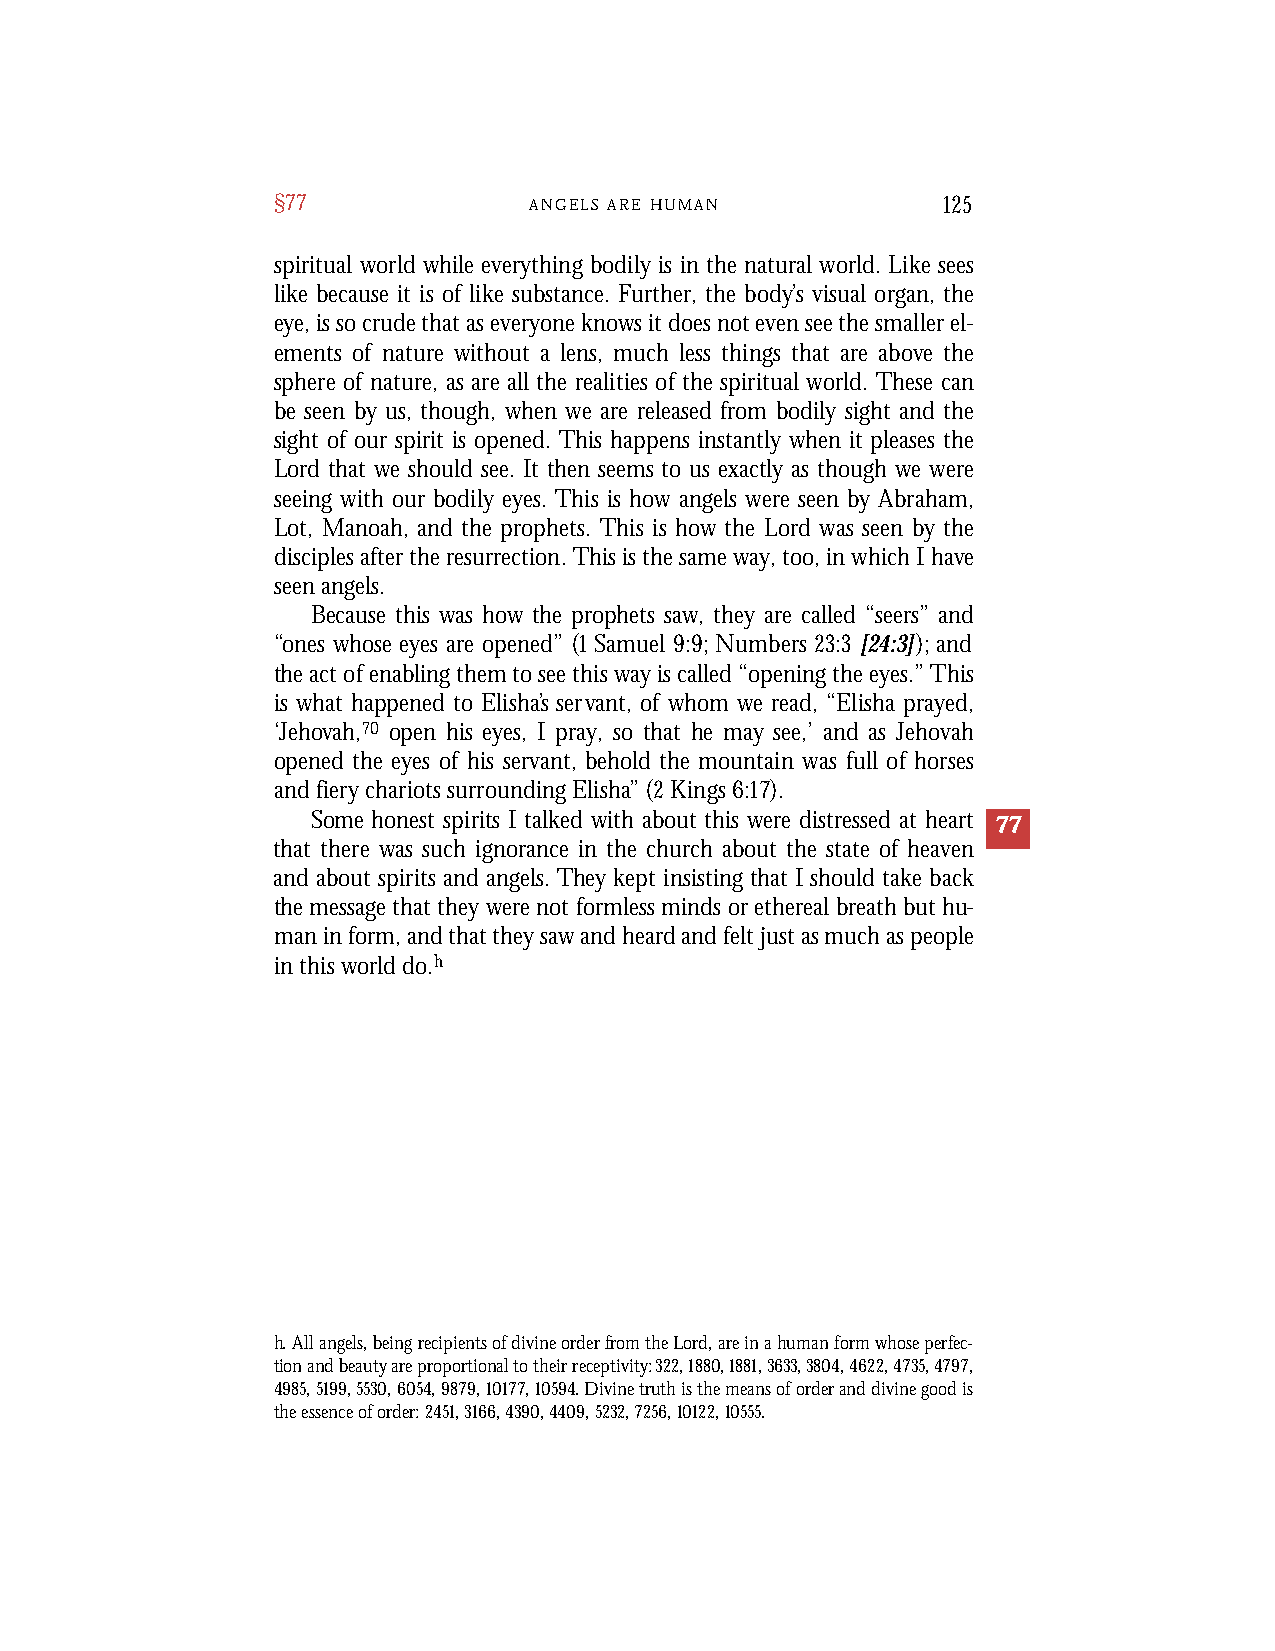
§77              A N G E L S A R E H U M A N 125
 spiritual world while everything bodily is in the natural world. Like sees
 like because it is of like substance. Further, the body’s visual organ, the
 eye, is so crude that as everyone knows it does not even see the smaller el-
 ements of nature without a lens, much less things that are above the
 sphere of nature, as are all the realities of the spiritual world. These can
 be seen by us, though, when we are released from bodily sight and the
 sight of our spirit is opened. This happens instantly when it pleases the
 Lord that we should see. It then seems to us exactly as though we were
 seeing with our bodily eyes. This is how angels were seen by Abraham,
 Lot, Manoah, and the prophets. This is how the Lord was seen by the
 disciples after the resurrection. This is the same way, too, in which I have
 seen angels.
 Because this was how the prophets saw, they are called “seers” and
 “ones whose eyes are opened” (1 Samuel 9:9; Numbers 23:3 [24:3]); and
 the act of enabling them to see this way is called “opening the eyes.” This
 is what happened to Elisha’s servant, of whom we read, “Elisha prayed,
 ‘Jehovah,70 open his eyes, I pray, so that he may see,’ and as Jehovah
 opened the eyes of his servant, behold the mountain was full of horses
 and fiery chariots surrounding Elisha” (2Kings 6:17).
 Some honest spirits I talked with about this were distressed at heart 77
 that there was such ignorance in the church about the state of heaven
 and about spirits and angels. They kept insisting that I should take back
 the message that they were not formless minds or ethereal breath but hu-
 man in form, and that they saw and heard and felt just as much as people
 in this world do.h
 h. All angels, being recipients of divine order from the Lord, are in a human form whose perfec-
 tion and beauty are proportional to their receptivity: 322,1880,1881,3633,3804,4622,4735,4797,
 4985,5199,5530,6054,9879,10177,10594. Divine truth is the means of order and divine good is
 the essence of order: 2451, 3166, 4390, 4409, 5232, 7256, 10122, 10555.